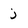
Character: j